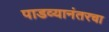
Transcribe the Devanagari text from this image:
पाडव्यानंतरचा